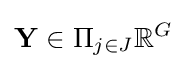
\mathbf {Y} \in \Pi _{j\in J}\mathbb {R} ^{G}